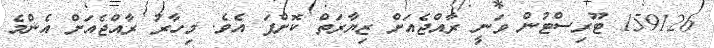
159126 ޓޫރިސްޓުން ވަނީ ރާއްޖެއަށް ޒިޔާރަތް ކޮށްފަ އެވެ. މިހާރު ރާއްޖެއަށް އެންމެ